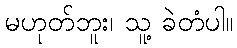
မဟုတ်ဘူး၊ သူ့ ခဲတံပါ။